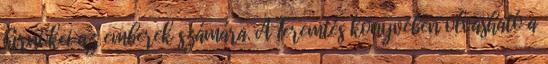
hírnökei az emberek számára. A Teremtés könyvében olvasható a